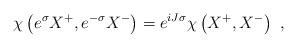
\begin{align*}\chi\left(e^\sigma X^+,e^{-\sigma} X^-\right) = e^{iJ\sigma}\chi\left(X^+,X^-\right)\ ,\end{align*}